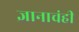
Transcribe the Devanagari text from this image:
ज्ञानाचंही